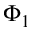
\Phi _ { 1 }